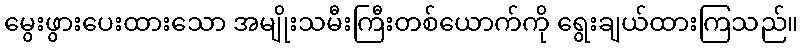
မွေးဖွားပေးထားသော အမျိုးသမီးကြီးတစ်ယောက်ကို ရွေးချယ်ထားကြသည်။